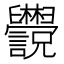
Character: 𬜄